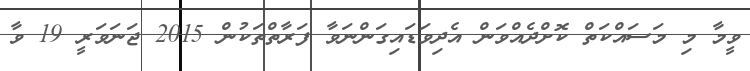
ވީމާ މި މަސައްކަތް ކޮށްދެއްވަން އެދިވަޑައިގަންނަވާ ފަރާތްތަކުން 2015 ޖަނަވަރީ 19 ވާ